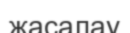
жасалау